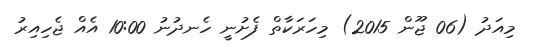
މިއަދު (06 ޖޫން 2015) މިހަރަކާތް ފެށުނީ ހެނދުނު 10:00 އެއް ޖެހިއިރު